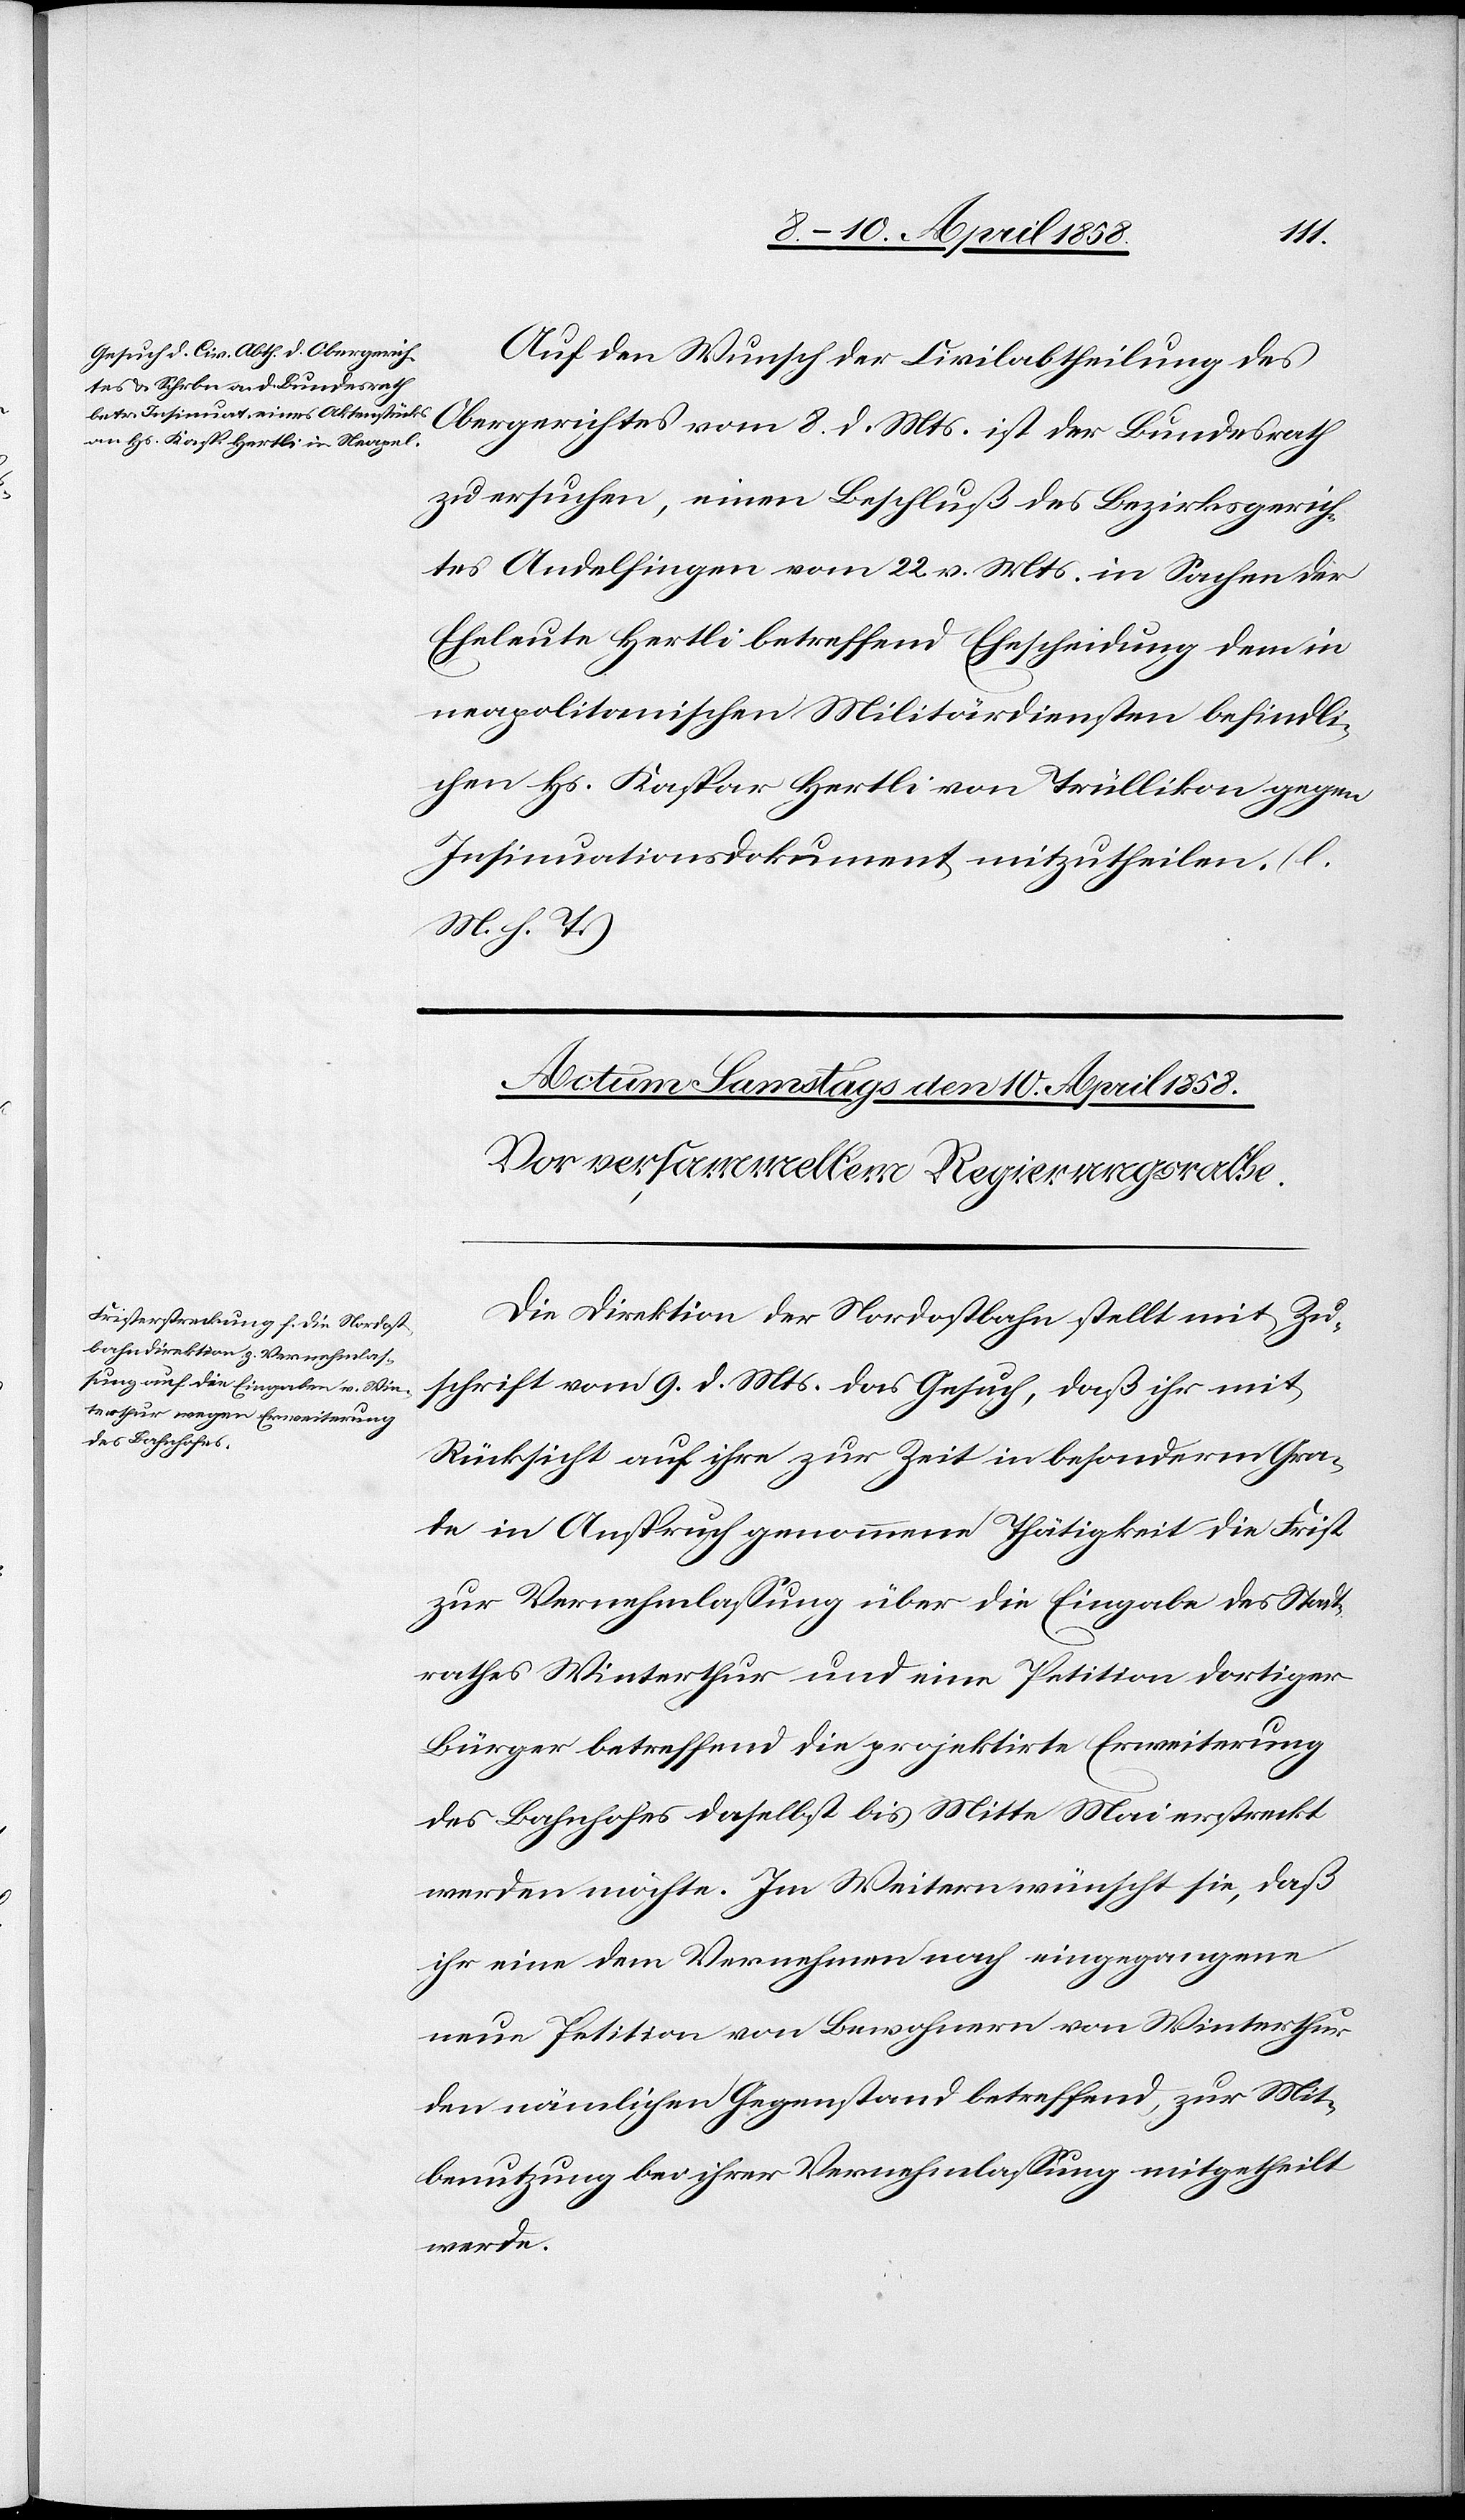
den 9. April 1858.]
Auf den Wunsch der Civilabtheilung des
Obergerichtes vom 8. d. Mts. ist der Bundesrath
zu ersuchen, einen Beschluß des Bezirksgerich¬
tes Andelfingen vom 22. v. Mts. in Sachen der
Eheleute Hertli betreffend Ehescheidung dem in
neapolitanischen Militärdiensten befindli¬
chen Hs. Kaspar Hertli von Trüllikon gegen
Insinuationsdokument mitzutheilen. (l.
M. h. T.)
Die Direktion der Nordostbahn stellt mit Zu¬
schrift vom 9. d. Mts. das Gesuch, daß ihr mit
Rücksicht auf ihre zur Zeit in besonderm Gra¬
de in Anspruch genommene Thätigkeit die Frist
zur Vernehmlassung über die Eingabe des Stadt¬
rathes Winterthur und eine Petition dortiger
Bürger betreffend die projektirte Erweiterung
des Bahnhofes daselbst bis Mitte Mai erstreckt
werden möchte. Im Weitern wünscht sie, daß
ihr eine dem Vernehmen nach eingegangene
neue Petition von Bewohnern von Winterthur
den nämlichen Gegenstand betreffend, zur Mit¬
benutzung bei ihrer Vernehmlassung mitgetheilt
werde.